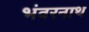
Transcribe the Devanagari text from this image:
भंवरनाथ